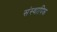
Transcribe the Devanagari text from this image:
संस्थापिक